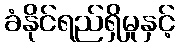
ခံနိုင်ရည်ရှိမှုနှင့်